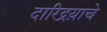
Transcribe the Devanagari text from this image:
दारिद्रय़ाचे